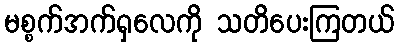
မစ္စက်အက်ရှလေကို သတိပေးကြတယ်